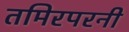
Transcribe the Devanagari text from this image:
तमिरपरनी